Vaccine operations Central Provinces & Berar 1922-1929 - 1922-1929
Year: 1922
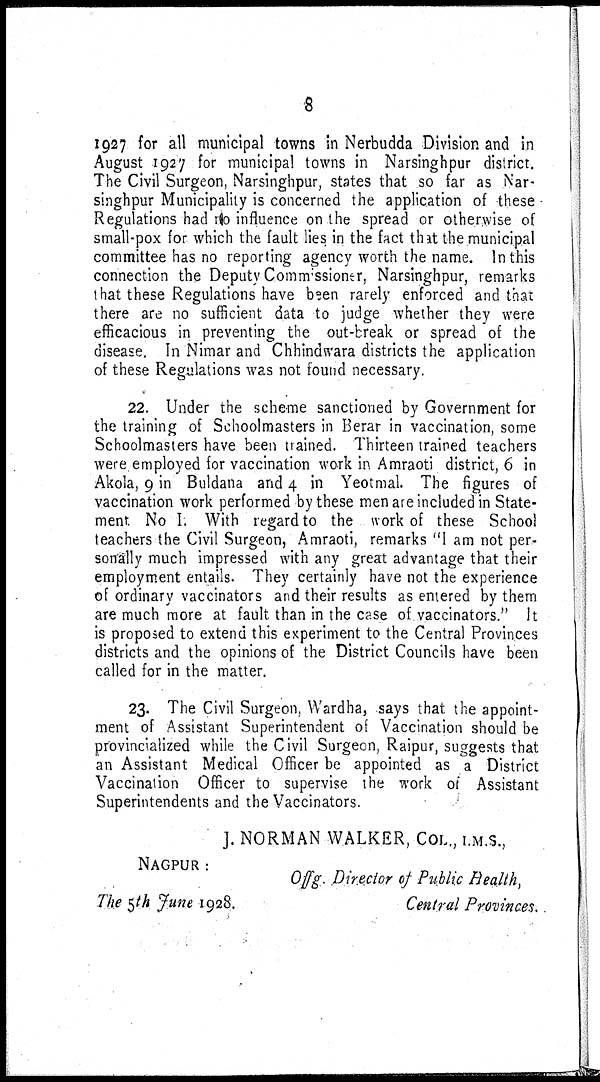
8
1927 for all municipal towns in Nerbudda Division and in
August 1927 for municipal towns in Narsinghpur district.
The Civil Surgeon, Narsinghpur, states that so far as Nar-
singhpur Municipality is concerned the application of these
Regulations had no influence on the spread or otherwise of
small-pox for which the fault lies in the fact that the municipal
committee has no reporting agency worth the name. In this
connection the Deputy Commssioner, Narsinghpur, remarks
that these Regulations have been rarely enforced and that
there are no sufficient data to judge whether they were
efficacious in preventing the out-break or spread of the
disease. In Nimar and Chhindwara districts the application
of these Regulations was not found necessary.
22. Under the scheme sanctioned by Government for
the training of Schoolmasters in Berar in vaccination, some
Schoolmasters have been trained. Thirteen trained teachers
were employed for vaccination work in Amraoti district, 6 in
Akola, 9 in Buldana and 4 in Yeotmal. The figures of
vaccination work performed by these men are included in State-
ment No I. With regard to the work of these School
teachers the Civil Surgeon, Amraoti, remarks "I am not per-
sonally much impressed with any great advantage that their
employment entails. They certainly have not the experience
of ordinary vaccinators and their results as entered by them
are much more at fault than in the case of vaccinators." It
is proposed to extend this experiment to the Central Provinces
districts and the opinions of the District Councils have been
called for in the matter.
23. The Civil Surgeon, Wardha, says that the appoint-
ment of Assistant Superintendent of Vaccination should be
provincialized while the Civil Surgeon, Raipur, suggests that
an Assistant Medical Officer be appointed as a District
Vaccination Officer to supervise the work of Assistant
Superintendents and the Vaccinators.
J. NORMAN WALKER, COL., I.M.S.,
NAGPUR:
The 5th June 1928.
Offg. Director of Public Health,
Central Provinces.